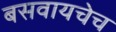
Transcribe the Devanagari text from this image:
बसवायचेच